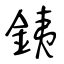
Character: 銕